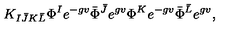
K _ { I \bar { J } K \bar { L } } \Phi ^ { I } e ^ { - g v } \bar { \Phi } ^ { \bar { J } } e ^ { g v } \Phi ^ { K } e ^ { - g v } \bar { \Phi } ^ { \bar { L } } e ^ { g v } ,